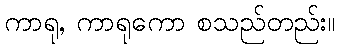
ကာရု, ကာရုကော စသည်တည်း။